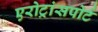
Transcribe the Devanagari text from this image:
एरोट्रांसपोर्ट